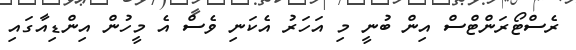
ރެސްޓޯރަންޓްސް އިން ބުނީ މި އަހަރު އެކަނި ވެސް އެ މީހުން އިންޑިއާގައި